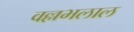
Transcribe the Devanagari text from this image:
वल्लभलाल